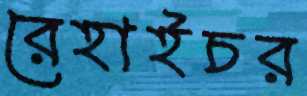
রেহাইচর